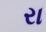
રા